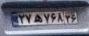
۲۷ه۷۶۸۳۶